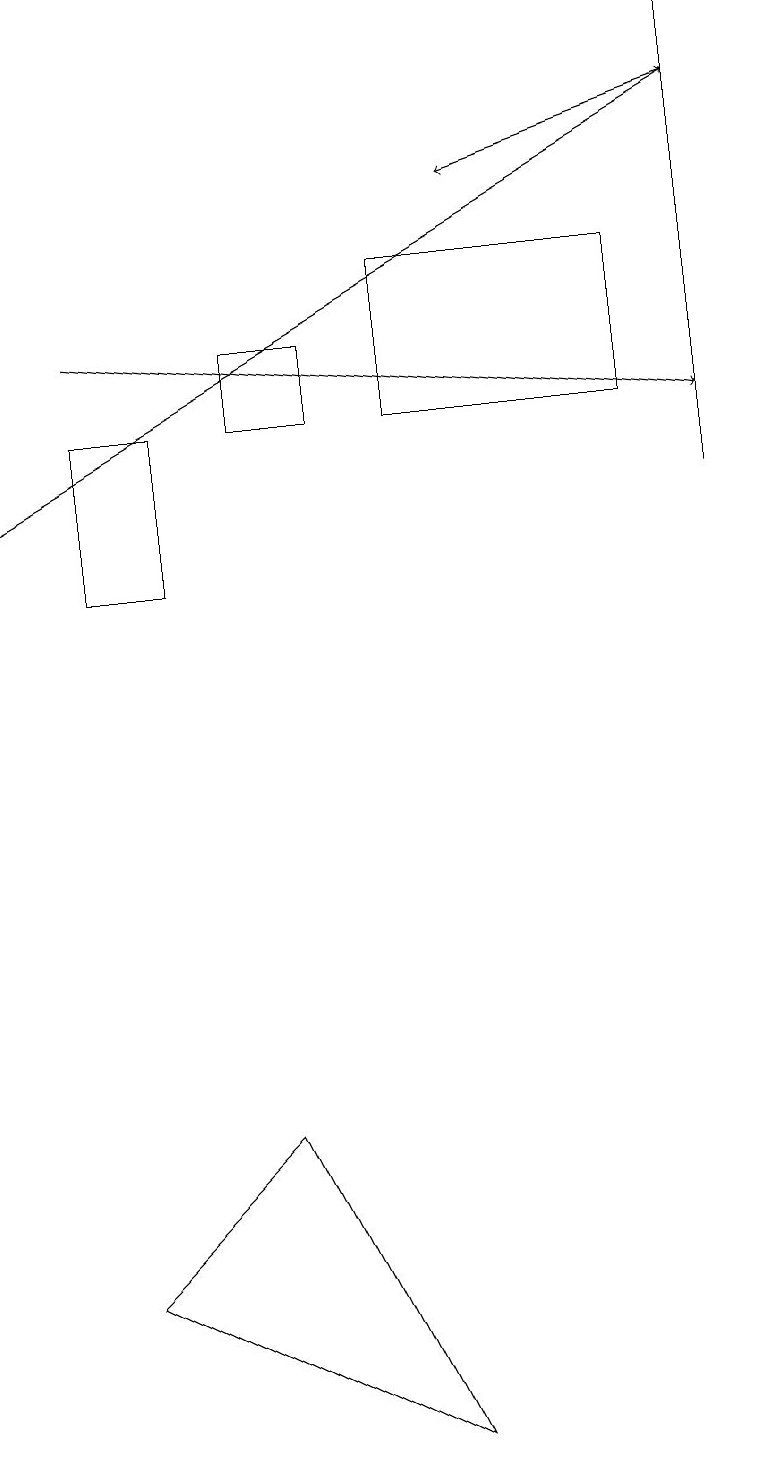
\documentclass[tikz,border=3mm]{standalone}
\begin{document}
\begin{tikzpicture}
\draw[->] (9,18) -- (6,17);
\draw[->] (1,15) -- (9,14);
\draw (9,19) rectangle (9,13);
\draw (5,1) -- (1,3) -- (3,5) -- cycle;
\draw (1,12) rectangle (2,14);
\draw[->] (0,13) -- (9,18);
\draw (8,16) rectangle (5,14);
\draw (4,15) rectangle (3,14);
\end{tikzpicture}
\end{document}